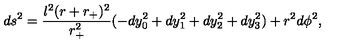
d s ^ { 2 } = \frac { l ^ { 2 } ( r + r _ { + } ) ^ { 2 } } { r _ { + } ^ { 2 } } ( - d y _ { 0 } ^ { 2 } + d y _ { 1 } ^ { 2 } + d y _ { 2 } ^ { 2 } + d y _ { 3 } ^ { 2 } ) + r ^ { 2 } d \phi ^ { 2 } ,